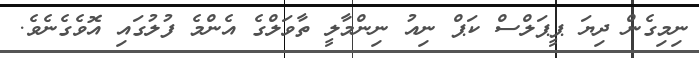
ނިމިގެން ދިޔަ ޕީޕަލްސް ކަޕް ނިއު ނިންމާލީ ތާވަލްގެ އެންމެ ފުލުގައި އޮވެގެނެވެ.